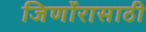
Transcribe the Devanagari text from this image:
जिर्णोरासाठी